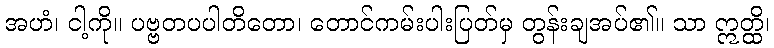
အဟံ၊ ငါ့ကို။ ပဗ္ဗတပပါတိတော၊ တောင်ကမ်းပါးပြတ်မှ တွန်းချအပ်၏။ သာ ဣတ္ထိ၊